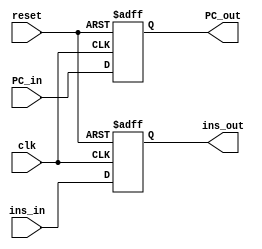
`timescale 1ns / 1ps
//////////////////////////////////////////////////////////////////////////////////
// Company: 
// Engineer: 
// 
// Design Name: 
// Module Name:    IDRegister 
// Project Name: 
// Target Devices: 
// Tool versions: 
// Description: 
//
// Dependencies: 
//
// Revision: 
// Revision 0.01 - File Created
// Additional Comments: 
//
//////////////////////////////////////////////////////////////////////////////////
module IDRegister(
  input [31:0] PC_in,
  input [31:0] ins_in,
  input clk,
  input reset,
  output [31:0] PC_out, 
  output [31:0] ins_out 
);
	reg [31:0] pc,ins;
  always @(posedge reset or posedge clk)
  begin
    if(reset)
      begin
        ins <= 32'b0;
        pc <= 32'b0;
      end
    else
      begin
        pc <= PC_in;
        ins <= ins_in;
      end
  end
  assign PC_out = pc;
  assign ins_out = ins;
endmodule